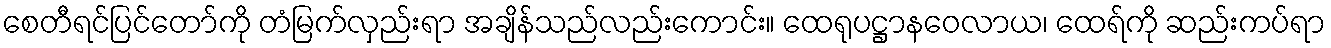
စေတီရင်ပြင်တော်ကို တံမြက်လှည်းရာ အချိန်သည်လည်းကောင်း။ ထေရုပဋ္ဌာနဝေလာယ၊ ထေရ်ကို ဆည်းကပ်ရာ